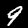
Label: 9